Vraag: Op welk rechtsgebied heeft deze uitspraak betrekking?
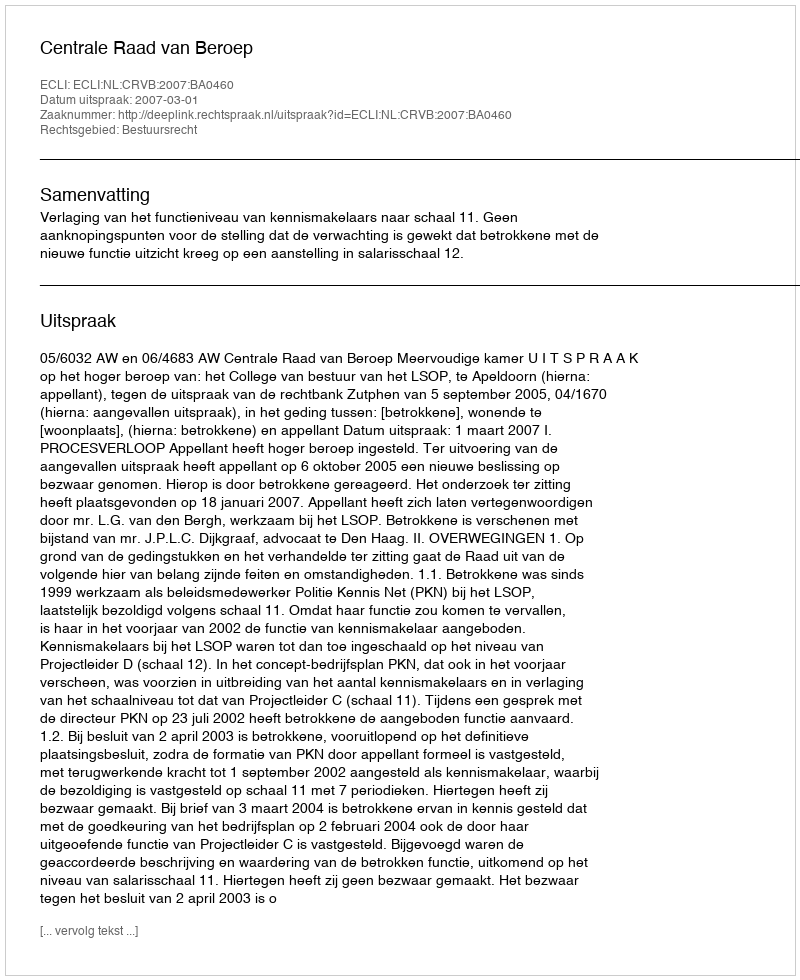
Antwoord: Bestuursrecht